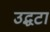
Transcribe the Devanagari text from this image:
उद्धटा